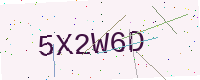
Text: 5X2W6D